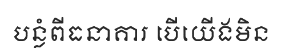
បន្លំពីធនាគារ បើយើងមិន